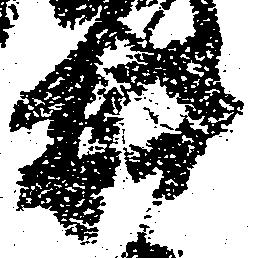
井